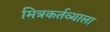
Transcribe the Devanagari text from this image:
मित्रकर्तव्याला